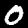
Digit: 0